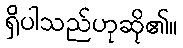
ရှိပါသည်ဟုဆို၏။